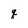
Character: q